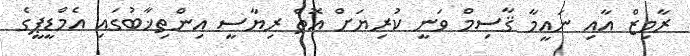
ރާމިޒް އާއި ނަޢީމާ ޤާސިމް ވަނީ ކުރިޔަށް އޮތް ރިޔާސީ އިންތިޚާބުގައި އެމްޑީޕީގެ